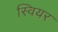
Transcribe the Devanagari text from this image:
स्वियर